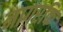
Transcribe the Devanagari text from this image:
नागरकि